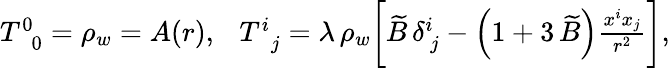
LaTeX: \begin{array}{r}{T_{\, \, \, 0}^{0}=\rho_{w}=A(r),~~~T_{\, \, \, j}^{i}=\lambda\, \rho_{w}\bigg[\widetilde{B}\, \delta_{\, j}^{i}-\left(1+3\, \widetilde{B}\right)\frac{x^{i}x_{j}}{r^{2}}\bigg],}\end{array}